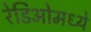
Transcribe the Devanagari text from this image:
रेडिओमध्ये